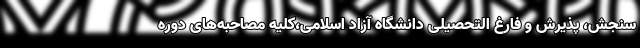
سنجش، پذیرش و فارغ التحصیلی دانشگاه آزاد اسلامی،کلیه مصاحبه‌های دوره